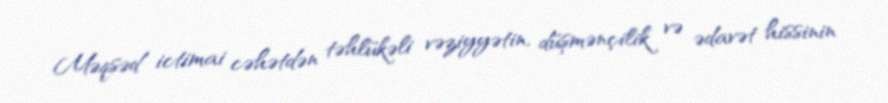
Məqsəd ictimai cəhətdən təhlükəli vəziyyətin, düşmənçilik və ədavət hissinin